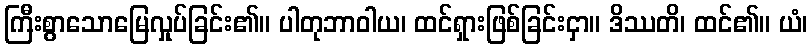
ကြီးစွာသောမြေလှုပ်ခြင်း၏။ ပါတုဘာဝါယ၊ ထင်ရှားဖြစ်ခြင်းငှာ။ ဒိဿတိ၊ ထင်၏။ ယံ၊